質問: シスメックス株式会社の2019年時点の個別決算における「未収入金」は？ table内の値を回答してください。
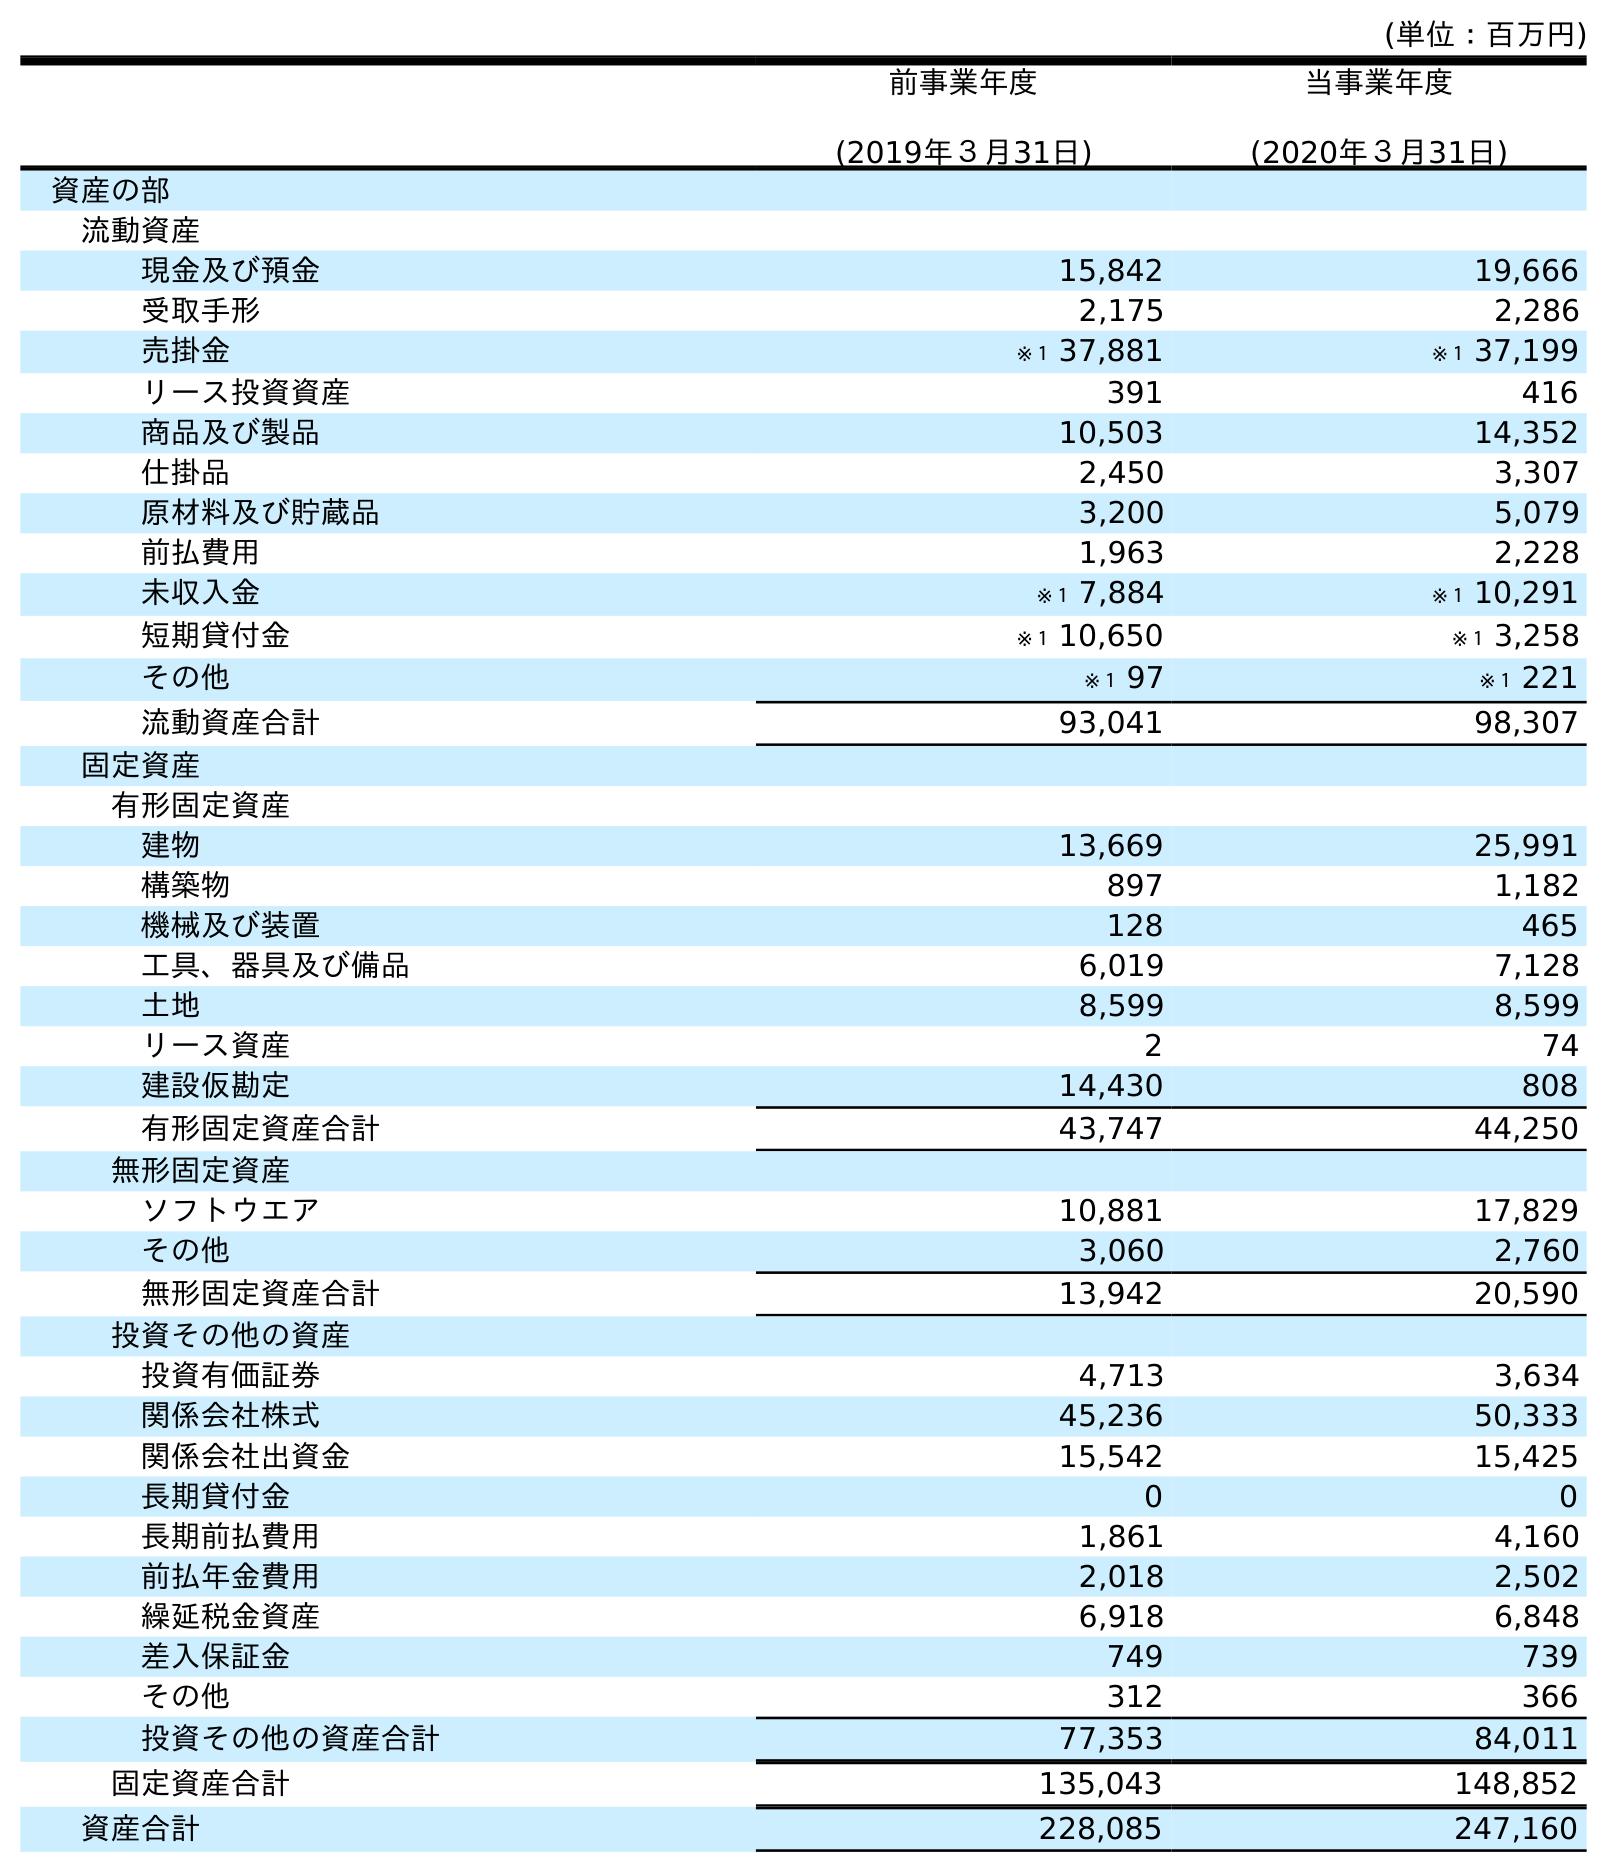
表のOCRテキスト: (単位：百万円) 前事業年度 (2019年３月31日) 当事業年度 (2020年３月31日) 資産の部 流動資産 現金及び預金 15,842 19,666 受取手形 2,175 2,286 売掛金 ※１ 37,881 ※１ 37,199 リース投資資産 391 416 商品及び製品 10,503 14,352 仕掛品 2,450 3,307 原材料及び貯蔵品 3,200 5,079 前払費用 1,963 2,228 未収入金 ※１ 7,884 ※１ 10,291 短期貸付金 ※１ 10,650 ※１ 3,258 その他 ※１ 97 ※１ 221 流動資産合計 93,041 98,307 固定資産 有形固定資産 建物 13,669 25,991 構築物 897 1,182 機械及び装置 128 465 工具、器具及び備品 6,019 7,128 土地 8,599 8,599 リース資産 2 74 建設仮勘定 14,430 808 有形固定資産合計 43,747 44,250 無形固定資産 ソフトウエア 10,881 17,829 その他 3,060 2,760 無形固定資産合計 13,942 20,590 投資その他の資産 投資有価証券 4,713 3,634 関係会社株式 45,236 50,333 関係会社出資金 15,542 15,425 長期貸付金 0 0 長期前払費用 1,861 4,160 前払年金費用 2,018 2,502 繰延税金資産 6,918 6,848 差入保証金 749 739 その他 312 366 投資その他の資産合計 77,353 84,011 固定資産合計 135,043 148,852 資産合計 228,085 247,160
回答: ※１7,884